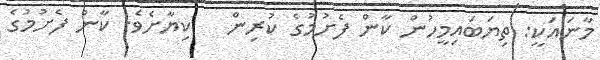
މާނައަކީ: ތިޔަބައިމީހުން ކާން ފެށުމުގެ ކުރިން   ކިޔާށެވެ. ކާން ފެށުމުގެ